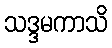
သဒ္ဒမကာသိ